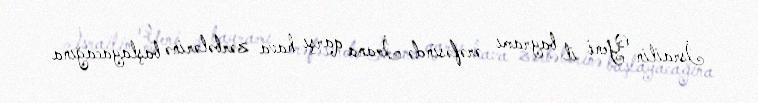
İsrailin Yeni il bayramı ərəfəsində İrana qarşı hava zərbələrinə başlayacağına